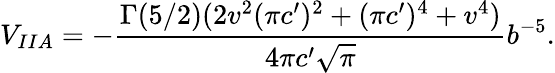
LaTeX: V_{IIA}=-\frac{\Gamma(5/2)(2v^{2}(\pi c^{\prime})^{2}+(\pi c^{\prime})^{4}+v^{4})}{4\pi c^{\prime}\sqrt{\pi}}b^{-5}.